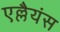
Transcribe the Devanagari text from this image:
एल्लैयंस